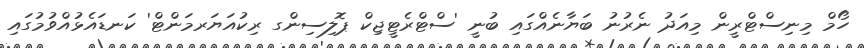
ހޯމް މިނިސްޓްރީން މިއަދު ނެރުނު ބަޔާނެއްގައި ބުނީ 'ސްޓްރެޓީޖިކް ޕޮލިސިންގ ރިކުއަޔަރމަންޓް' ކަނޑައެޅުއްވުމުގައި